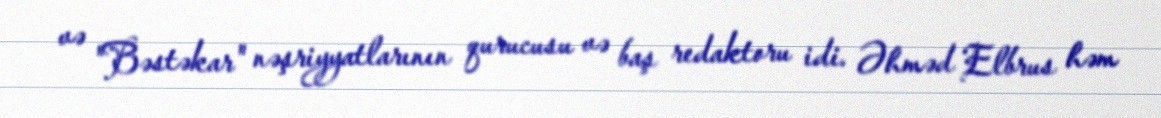
və "Bəstəkar" nəşriyyatlarının qurucusu və baş redaktoru idi. Əhməd Elbrus həm